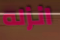
انزله